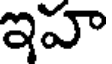
ఇహ